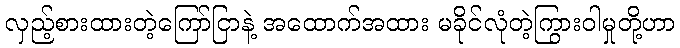
လှည့်စားထားတဲ့ကြော်ငြာနဲ့ အထောက်အထား မခိုင်လုံတဲ့ကြွားဝါမှုတို့ဟာ